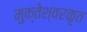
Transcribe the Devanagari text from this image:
मुक्तेश्वरकृत